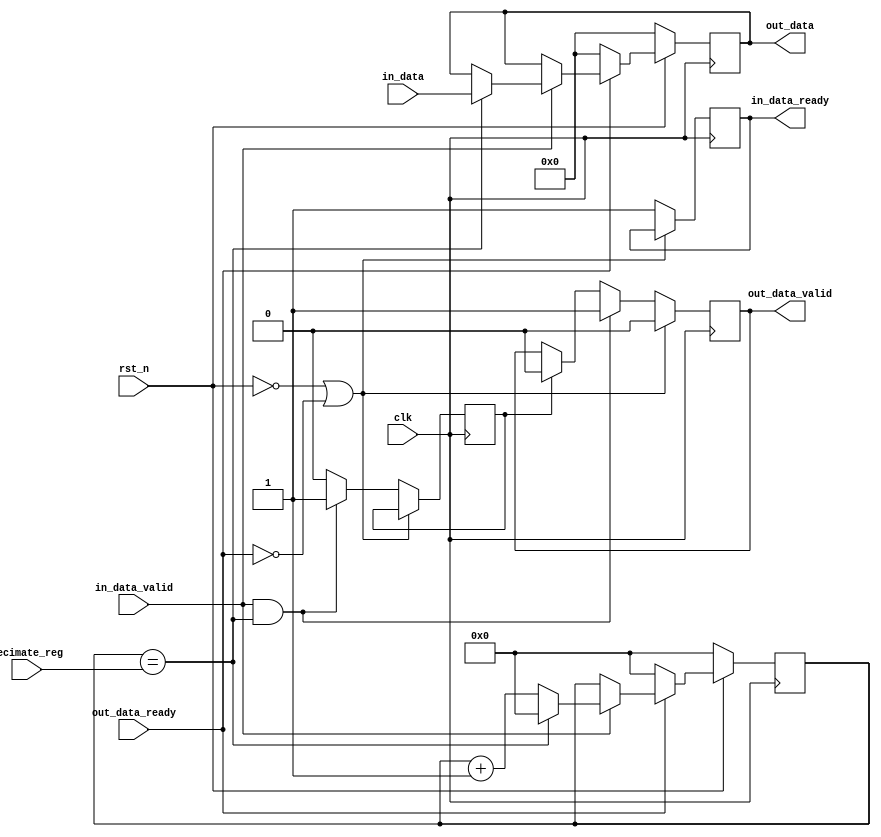
`timescale 1ns / 1ps
//////////////////////////////////////////////////////////////////////////////////
// Company: 
// Engineer: 
// 
// Design Name: 
// Module Name: decimator
// Project Name: 
// Target Devices: 
// Tool Versions: 
// Description: 
// 
// Dependencies: 
// 
// Revision:
// Revision 0.01 - File Created
// Additional Comments:
// 
//////////////////////////////////////////////////////////////////////////////////


module decimator #
(
    parameter DATA_IN_WIDTH = 12,
    parameter DATA_OUT_WIDTH = 12,
    parameter DATA_REG_WIDTH = 32
)
(
     input                          clk,
     input                          rst_n,
     input 	  [DATA_REG_WIDTH-1:0]  decimate_reg,
     input 	  [DATA_IN_WIDTH-1:0]   in_data,
     input  wire                    in_data_valid,
     output reg                     in_data_ready,
     output reg [DATA_OUT_WIDTH-1:0] out_data,
     output reg                     out_data_valid,
     input  wire	               out_data_ready
);


							     

reg [DATA_REG_WIDTH-1:0] cnt;
reg data_valid_mask = 0;

always@(posedge clk) begin 
	if(rst_n == 0) begin 
		out_data <= 0;
		cnt <= 0;
	end
	else begin 
		if(out_data_ready) begin 
			if(in_data_valid) begin
				if(cnt == decimate_reg) begin 
					cnt <= 0;
					out_data <= in_data;
				end
				else begin 
					cnt <= cnt + 1;
				end
			end
		end
		else begin
			cnt <= 0;
			out_data <= 0;
		end
	end
end



always@(posedge clk) begin 
	if(rst_n == 0 || !out_data_ready) begin 
		out_data_valid <= 1'b0;
	end
	else begin 
		in_data_ready <= 1'b1;
		if( in_data_valid && cnt == decimate_reg) begin 
			out_data_valid <= 1'b1;
			data_valid_mask <= 1'b1;
		end
		else if (data_valid_mask) begin 
			out_data_valid <= 1'b0;
			data_valid_mask <= 1'b0;
		end
	end	
end
endmodule